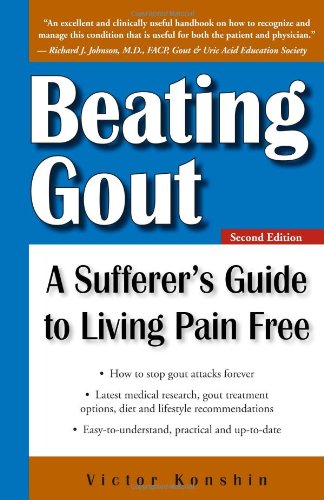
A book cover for Beating Gout: A Sufferer's Guide to Living Pain Free; Victor Konshin; Health, Fitness & Dieting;